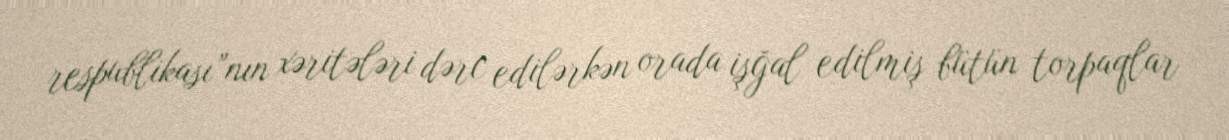
respublikası”nın xəritələri dərc edilərkən orada işğal edilmiş bütün torpaqlar